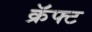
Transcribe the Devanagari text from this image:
क्रॅफ्ट